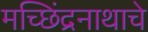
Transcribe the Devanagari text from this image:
मच्छिंद्रनाथाचे